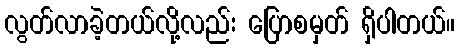
လွတ်လာခဲ့တယ်လို့လည်း ပြောစမှတ် ရှိပါတယ်။